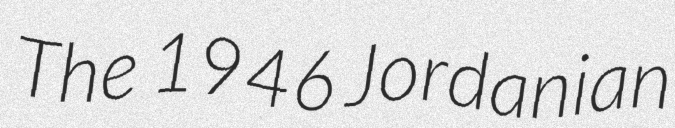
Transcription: The 1946 Jordanian